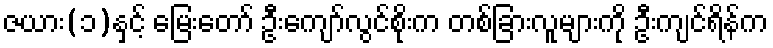
ဇယား(၁)နှင့် မြေးတော် ဦးကျော်လွင်စိုးက တစ်ခြားလူများကို ဦးကျင်ရိန်က